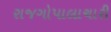
રાજગોપાલાચારી